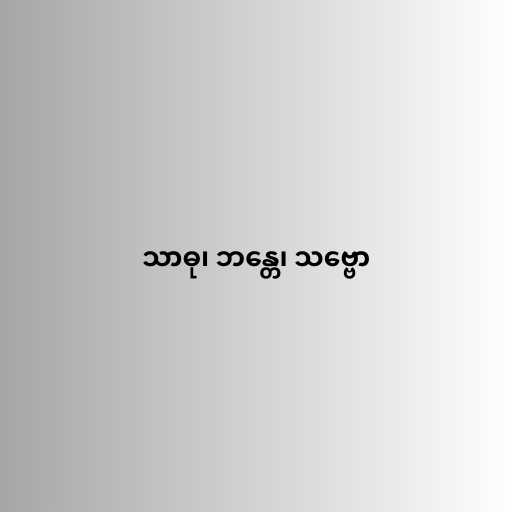
သာဓု၊ ဘန္တေ၊ သဗ္ဗော